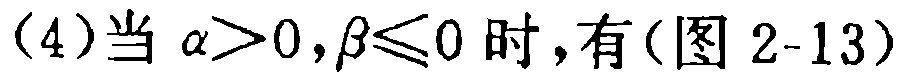
(4)当 $\alpha>0,\beta\leqslant0$ 时,有(图 2-13)